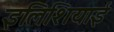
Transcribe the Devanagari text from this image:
इलिशियाई